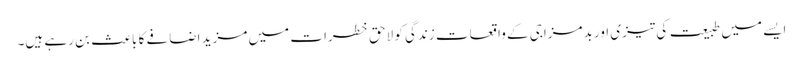
ایسے میں طبیعت کی تیزی اور بدمزاجی کے واقعات زندگی کو لاحق خطرات میں مزید اضافے کا باعث بن رہے ہیں۔